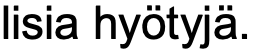
lisia hyötyjä.